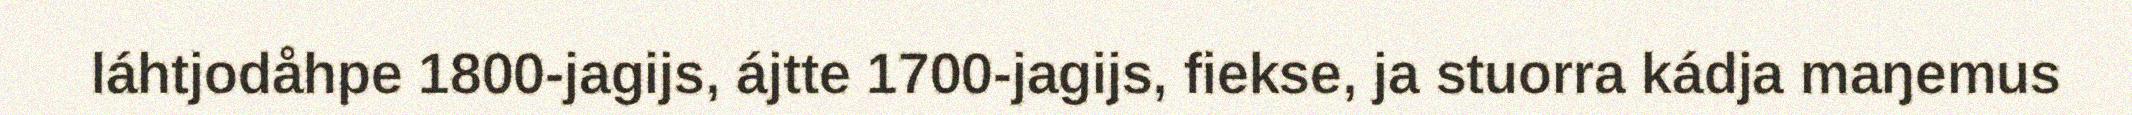
láhtjodåhpe 1800-jagijs, ájtte 1700-jagijs, fiekse, ja stuorra kádja maŋemus